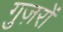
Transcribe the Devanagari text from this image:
गुज़रों